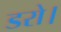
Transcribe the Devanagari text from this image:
डरो।